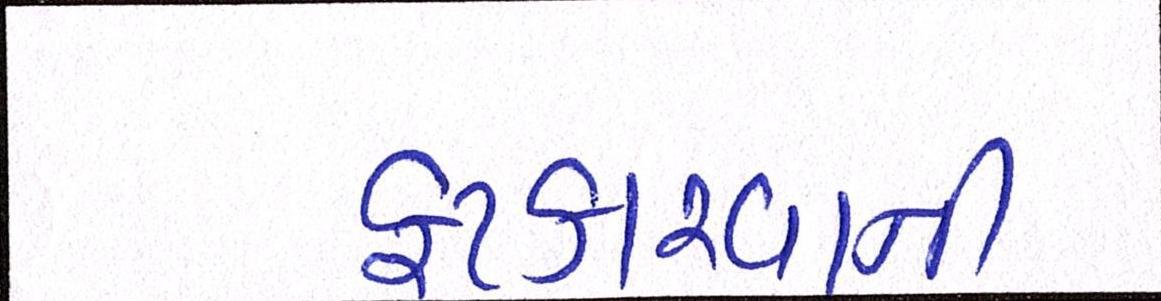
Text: ફટકારવાની